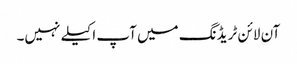
آن لائن ٹریڈنگ میں آپ اکیلے نہیں۔